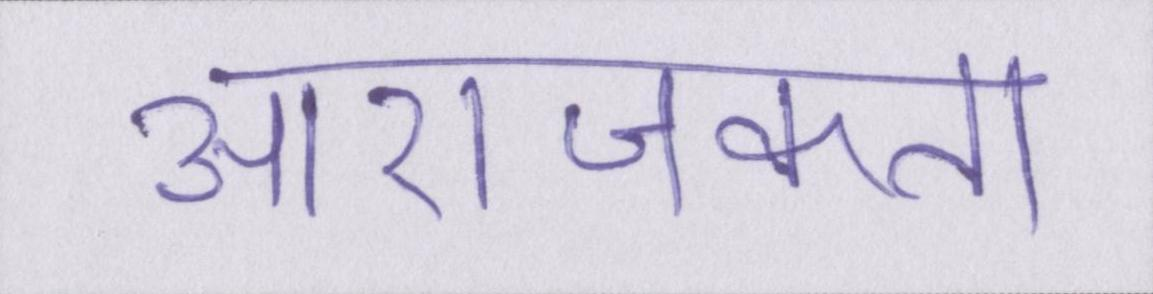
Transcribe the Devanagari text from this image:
आराजकता